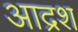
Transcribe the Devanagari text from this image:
आद्रश